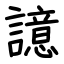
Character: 譩